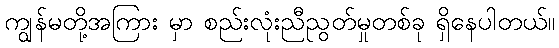
ကျွန်မတို့အကြား မှာ စည်းလုံးညီညွတ်မှုတစ်ခု ရှိနေပါတယ်။